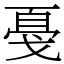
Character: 戞